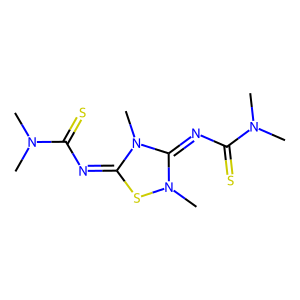
SMILES: CN(C)C(=S)N=c1sn(C)c(=NC(=S)N(C)C)n1C
Inhibits HIV replication: No